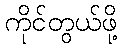
ကိုင်တွယ်ဖို့